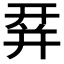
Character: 𢆛